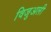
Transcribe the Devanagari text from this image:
विजुअली